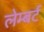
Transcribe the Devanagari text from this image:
लेम्‍बर्ट